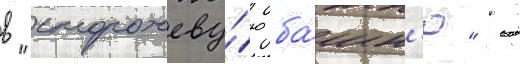
в "сторожеву́ю ба́шн'ю" -